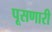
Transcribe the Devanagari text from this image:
पूसणारी